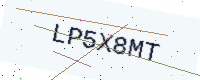
Text: LP5X8MT